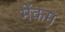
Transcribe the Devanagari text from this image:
मेंकम